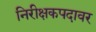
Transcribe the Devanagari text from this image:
निरीक्षकपदावर